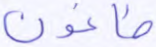
طاغون